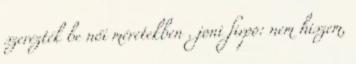
szerezték be női méretekben . joni firpo: nem hiszem,